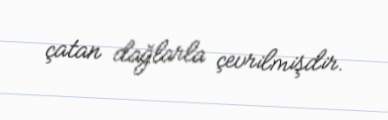
çatan dağlarla çevrilmişdir.